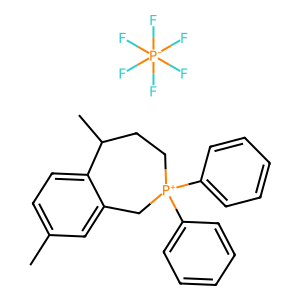
SMILES: Cc1ccc2c(c1)C[P+](c1ccccc1)(c1ccccc1)CCC2C.F[P-](F)(F)(F)(F)F
Inhibits HIV replication: No